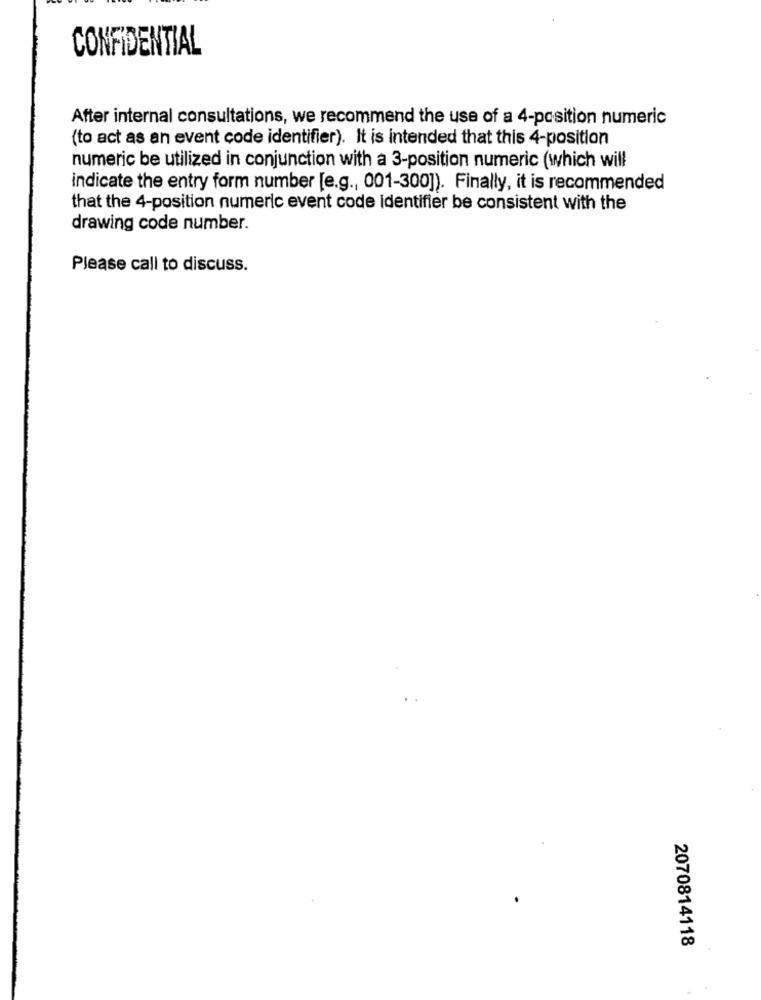
CONFIDENTIAL
After internal consultations, we recommend the use of a 4-position numeric
(to act as an event code identifier). It is intended that this 4-position
numeric be utilized in conjunction with a 3-position numeric (which will
indicate the entry form number [e.g ., 001-300]). Finally, it is recommended
that the 4-position numeric event code identifier be consistent with the
drawing code number.
Please call to discuss.
2070814118